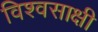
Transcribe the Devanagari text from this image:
विश्वसाक्षी